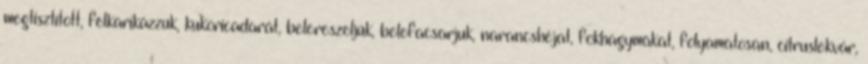
megtisztított, felkarikázzuk, kukoricadarát, belereszeljük, belefacsarjuk, narancshéjat, fokhagymákat, folyamatosan, citruslekvár,